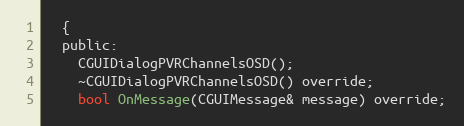
Language: C
  {
  public:
    CGUIDialogPVRChannelsOSD();
    ~CGUIDialogPVRChannelsOSD() override;
    bool OnMessage(CGUIMessage& message) override;